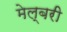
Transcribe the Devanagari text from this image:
मेल्बरी